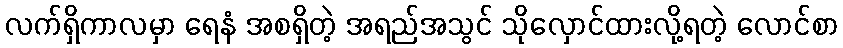
လက်ရှိကာလမှာ ရေနံ အစရှိတဲ့ အရည်အသွင် သိုလှောင်ထားလို့ရတဲ့ လောင်စာ